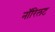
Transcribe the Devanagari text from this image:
नॉरिलट